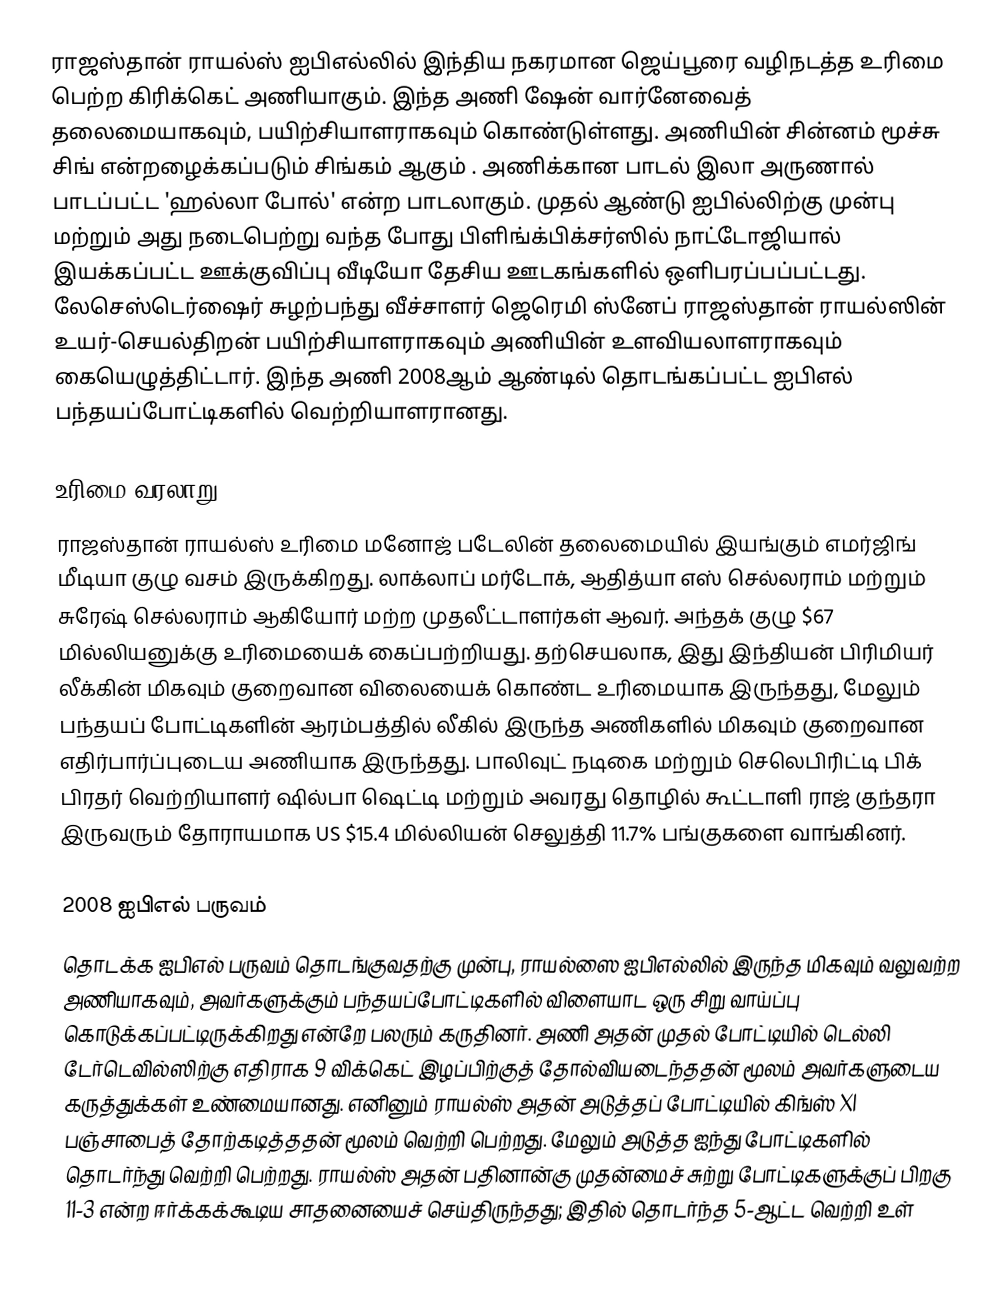
ராஜஸ்தான் ராயல்ஸ் ஐபிஎல்லில் இந்திய நகரமான ஜெய்பூரை வழிநடத்த உரிமை பெற்ற கிரிக்கெட் அணியாகும். இந்த அணி ஷேன் வார்னேவைத் தலைமையாகவும், பயிற்சியாளராகவும் கொண்டுள்ளது. அணியின் சின்னம் மூச்சு சிங் என்றழைக்கப்படும் சிங்கம் ஆகும் . அணிக்கான பாடல் இலா அருணால் பாடப்பட்ட 'ஹல்லா போல்' என்ற பாடலாகும். முதல் ஆண்டு ஐபில்லிற்கு முன்பு மற்றும் அது நடைபெற்று வந்த போது பிளிங்க்பிக்சர்ஸில் நாட்டோஜியால் இயக்கப்பட்ட ஊக்குவிப்பு வீடியோ தேசிய ஊடகங்களில் ஒளிபரப்பப்பட்டது. லேசெஸ்டெர்ஷைர் சுழற்பந்து வீச்சாளர் ஜெரெமி ஸ்னேப் ராஜஸ்தான் ராயல்ஸின் உயர்-செயல்திறன் பயிற்சியாளராகவும் அணியின் உளவியலாளராகவும் கையெழுத்திட்டார். இந்த அணி 2008ஆம் ஆண்டில் தொடங்கப்பட்ட ஐபிஎல் பந்தயப்போட்டிகளில் வெற்றியாளரானது.

உரிமை வரலாறு
ராஜஸ்தான் ராயல்ஸ் உரிமை மனோஜ் படேலின் தலைமையில் இயங்கும் எமர்ஜிங் மீடியா குழு வசம் இருக்கிறது. லாக்லாப் மர்டோக், ஆதித்யா எஸ் செல்லராம் மற்றும் சுரேஷ் செல்லராம் ஆகியோர் மற்ற முதலீட்டாளர்கள் ஆவர். அந்தக் குழு $67 மில்லியனுக்கு உரிமையைக் கைப்பற்றியது. தற்செயலாக, இது இந்தியன் பிரிமியர் லீக்கின் மிகவும் குறைவான விலையைக் கொண்ட உரிமையாக இருந்தது, மேலும் பந்தயப் போட்டிகளின் ஆரம்பத்தில் லீகில் இருந்த அணிகளில் மிகவும் குறைவான எதிர்பார்ப்புடைய அணியாக இருந்தது. பாலிவுட் நடிகை மற்றும் செலெபிரிட்டி பிக் பிரதர் வெற்றியாளர் ஷில்பா ஷெட்டி மற்றும் அவரது தொழில் கூட்டாளி ராஜ் குந்தரா இருவரும் தோராயமாக US $15.4 மில்லியன் செலுத்தி 11.7% பங்குகளை வாங்கினர்.

2008 ஐபிஎல் பருவம்
தொடக்க ஐபிஎல் பருவம் தொடங்குவதற்கு முன்பு, ராயல்ஸை ஐபிஎல்லில் இருந்த மிகவும் வலுவற்ற அணியாகவும், அவர்களுக்கும் பந்தயப்போட்டிகளில் விளையாட ஒரு சிறு வாய்ப்பு கொடுக்கப்பட்டிருக்கிறது என்றே பலரும் கருதினர். அணி அதன் முதல் போட்டியில் டெல்லி டேர்டெவில்ஸிற்கு எதிராக 9 விக்கெட் இழப்பிற்குத் தோல்வியடைந்ததன் மூலம் அவர்களுடைய கருத்துக்கள் உண்மையானது. எனினும் ராயல்ஸ் அதன் அடுத்தப் போட்டியில் கிங்ஸ் XI பஞ்சாபைத் தோற்கடித்ததன் மூலம் வெற்றி பெற்றது.  மேலும் அடுத்த ஐந்து போட்டிகளில் தொடர்ந்து வெற்றி பெற்றது. ராயல்ஸ் அதன் பதினான்கு முதன்மைச் சுற்று போட்டிகளுக்குப் பிறகு 11-3 என்ற ஈர்க்கக்கூடிய சாதனையைச் செய்திருந்தது; இதில் தொடர்ந்த 5-ஆட்ட வெற்றி உள்